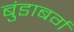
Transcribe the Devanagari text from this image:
बुंडाबर्ग